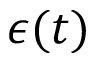
\epsilon ( t )